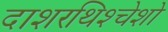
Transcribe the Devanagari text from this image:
दाशरथिश्‍चेशो